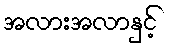
အလားအလာနှင့်